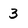
Character: 3